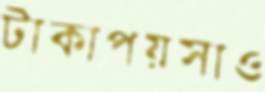
টাকাপয়সাও